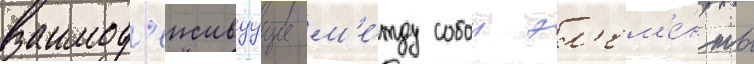
взаимод'еиствуущие м'е́жду собои эл'ем'е́нты